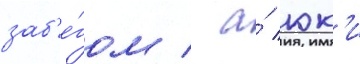
заб'е́гом / а́ юк'и